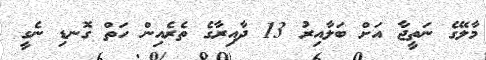
މާލޭގެ ނަތީޖާ އަށް ބަލާއިރު 13 ދާއިރާގެ ތެރެއިން ހަތް ގޮނޑި ނެގީ